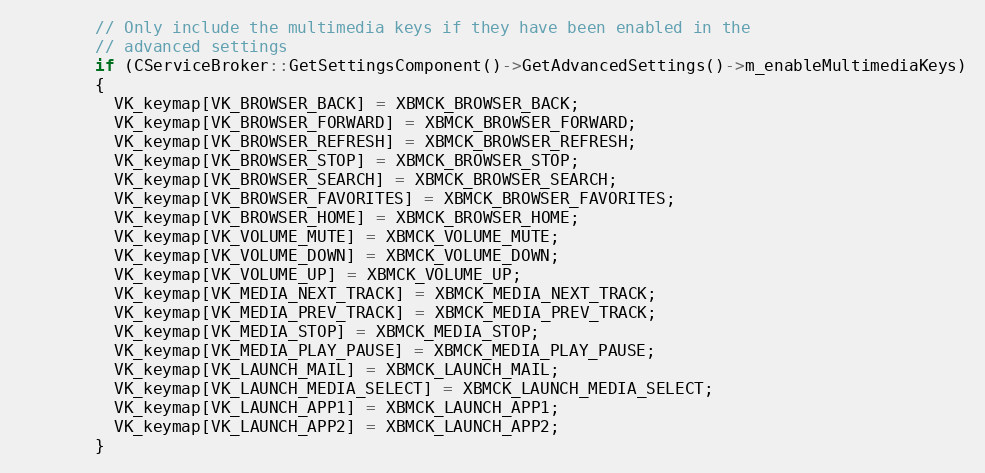
Language: C
        // Only include the multimedia keys if they have been enabled in the
        // advanced settings
        if (CServiceBroker::GetSettingsComponent()->GetAdvancedSettings()->m_enableMultimediaKeys)
        {
          VK_keymap[VK_BROWSER_BACK] = XBMCK_BROWSER_BACK;
          VK_keymap[VK_BROWSER_FORWARD] = XBMCK_BROWSER_FORWARD;
          VK_keymap[VK_BROWSER_REFRESH] = XBMCK_BROWSER_REFRESH;
          VK_keymap[VK_BROWSER_STOP] = XBMCK_BROWSER_STOP;
          VK_keymap[VK_BROWSER_SEARCH] = XBMCK_BROWSER_SEARCH;
          VK_keymap[VK_BROWSER_FAVORITES] = XBMCK_BROWSER_FAVORITES;
          VK_keymap[VK_BROWSER_HOME] = XBMCK_BROWSER_HOME;
          VK_keymap[VK_VOLUME_MUTE] = XBMCK_VOLUME_MUTE;
          VK_keymap[VK_VOLUME_DOWN] = XBMCK_VOLUME_DOWN;
          VK_keymap[VK_VOLUME_UP] = XBMCK_VOLUME_UP;
          VK_keymap[VK_MEDIA_NEXT_TRACK] = XBMCK_MEDIA_NEXT_TRACK;
          VK_keymap[VK_MEDIA_PREV_TRACK] = XBMCK_MEDIA_PREV_TRACK;
          VK_keymap[VK_MEDIA_STOP] = XBMCK_MEDIA_STOP;
          VK_keymap[VK_MEDIA_PLAY_PAUSE] = XBMCK_MEDIA_PLAY_PAUSE;
          VK_keymap[VK_LAUNCH_MAIL] = XBMCK_LAUNCH_MAIL;
          VK_keymap[VK_LAUNCH_MEDIA_SELECT] = XBMCK_LAUNCH_MEDIA_SELECT;
          VK_keymap[VK_LAUNCH_APP1] = XBMCK_LAUNCH_APP1;
          VK_keymap[VK_LAUNCH_APP2] = XBMCK_LAUNCH_APP2;
        }